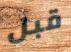
قبل